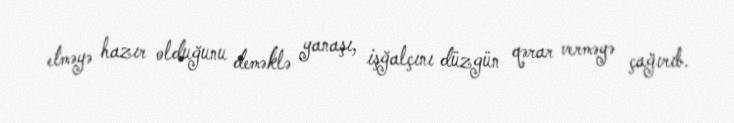
etməyə hazır olduğunu deməklə yanaşı, işğalçını düzgün qərar verməyə çağırıb.